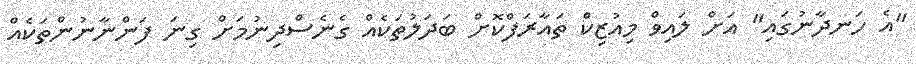
"އެ ހަނދާނުގައި" އަށް ލައިވް މިއުޒިކް ތައާރަފްކޮށް ބަދަލުތަކެއް ގެނެސްދިނުމަށް ގިނަ ފަންނާނުންތަކެއް